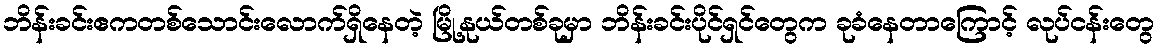
ဘိန်းခင်းဧကတစ်သောင်းလောက်ရှိနေတဲ့ မြို့နုယ်တစ်ခုမှာ ဘိန်းခင်းပိုင်ရှင်တွေက ခုခံနေတာကြောင့် လုပ်ငန်းတွေ